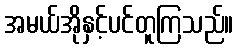
အမယ်အိုနှင့်ပင်တူကြသည်။